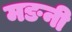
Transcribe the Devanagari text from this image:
मङनी